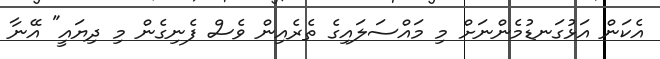
އެކަން އަޅުގަނޑުމެންނަށް މި މައްސަލައިގެ ތެރެއިން ވެސް ފެނިގެން މި ދިޔައީ" އޭނާ